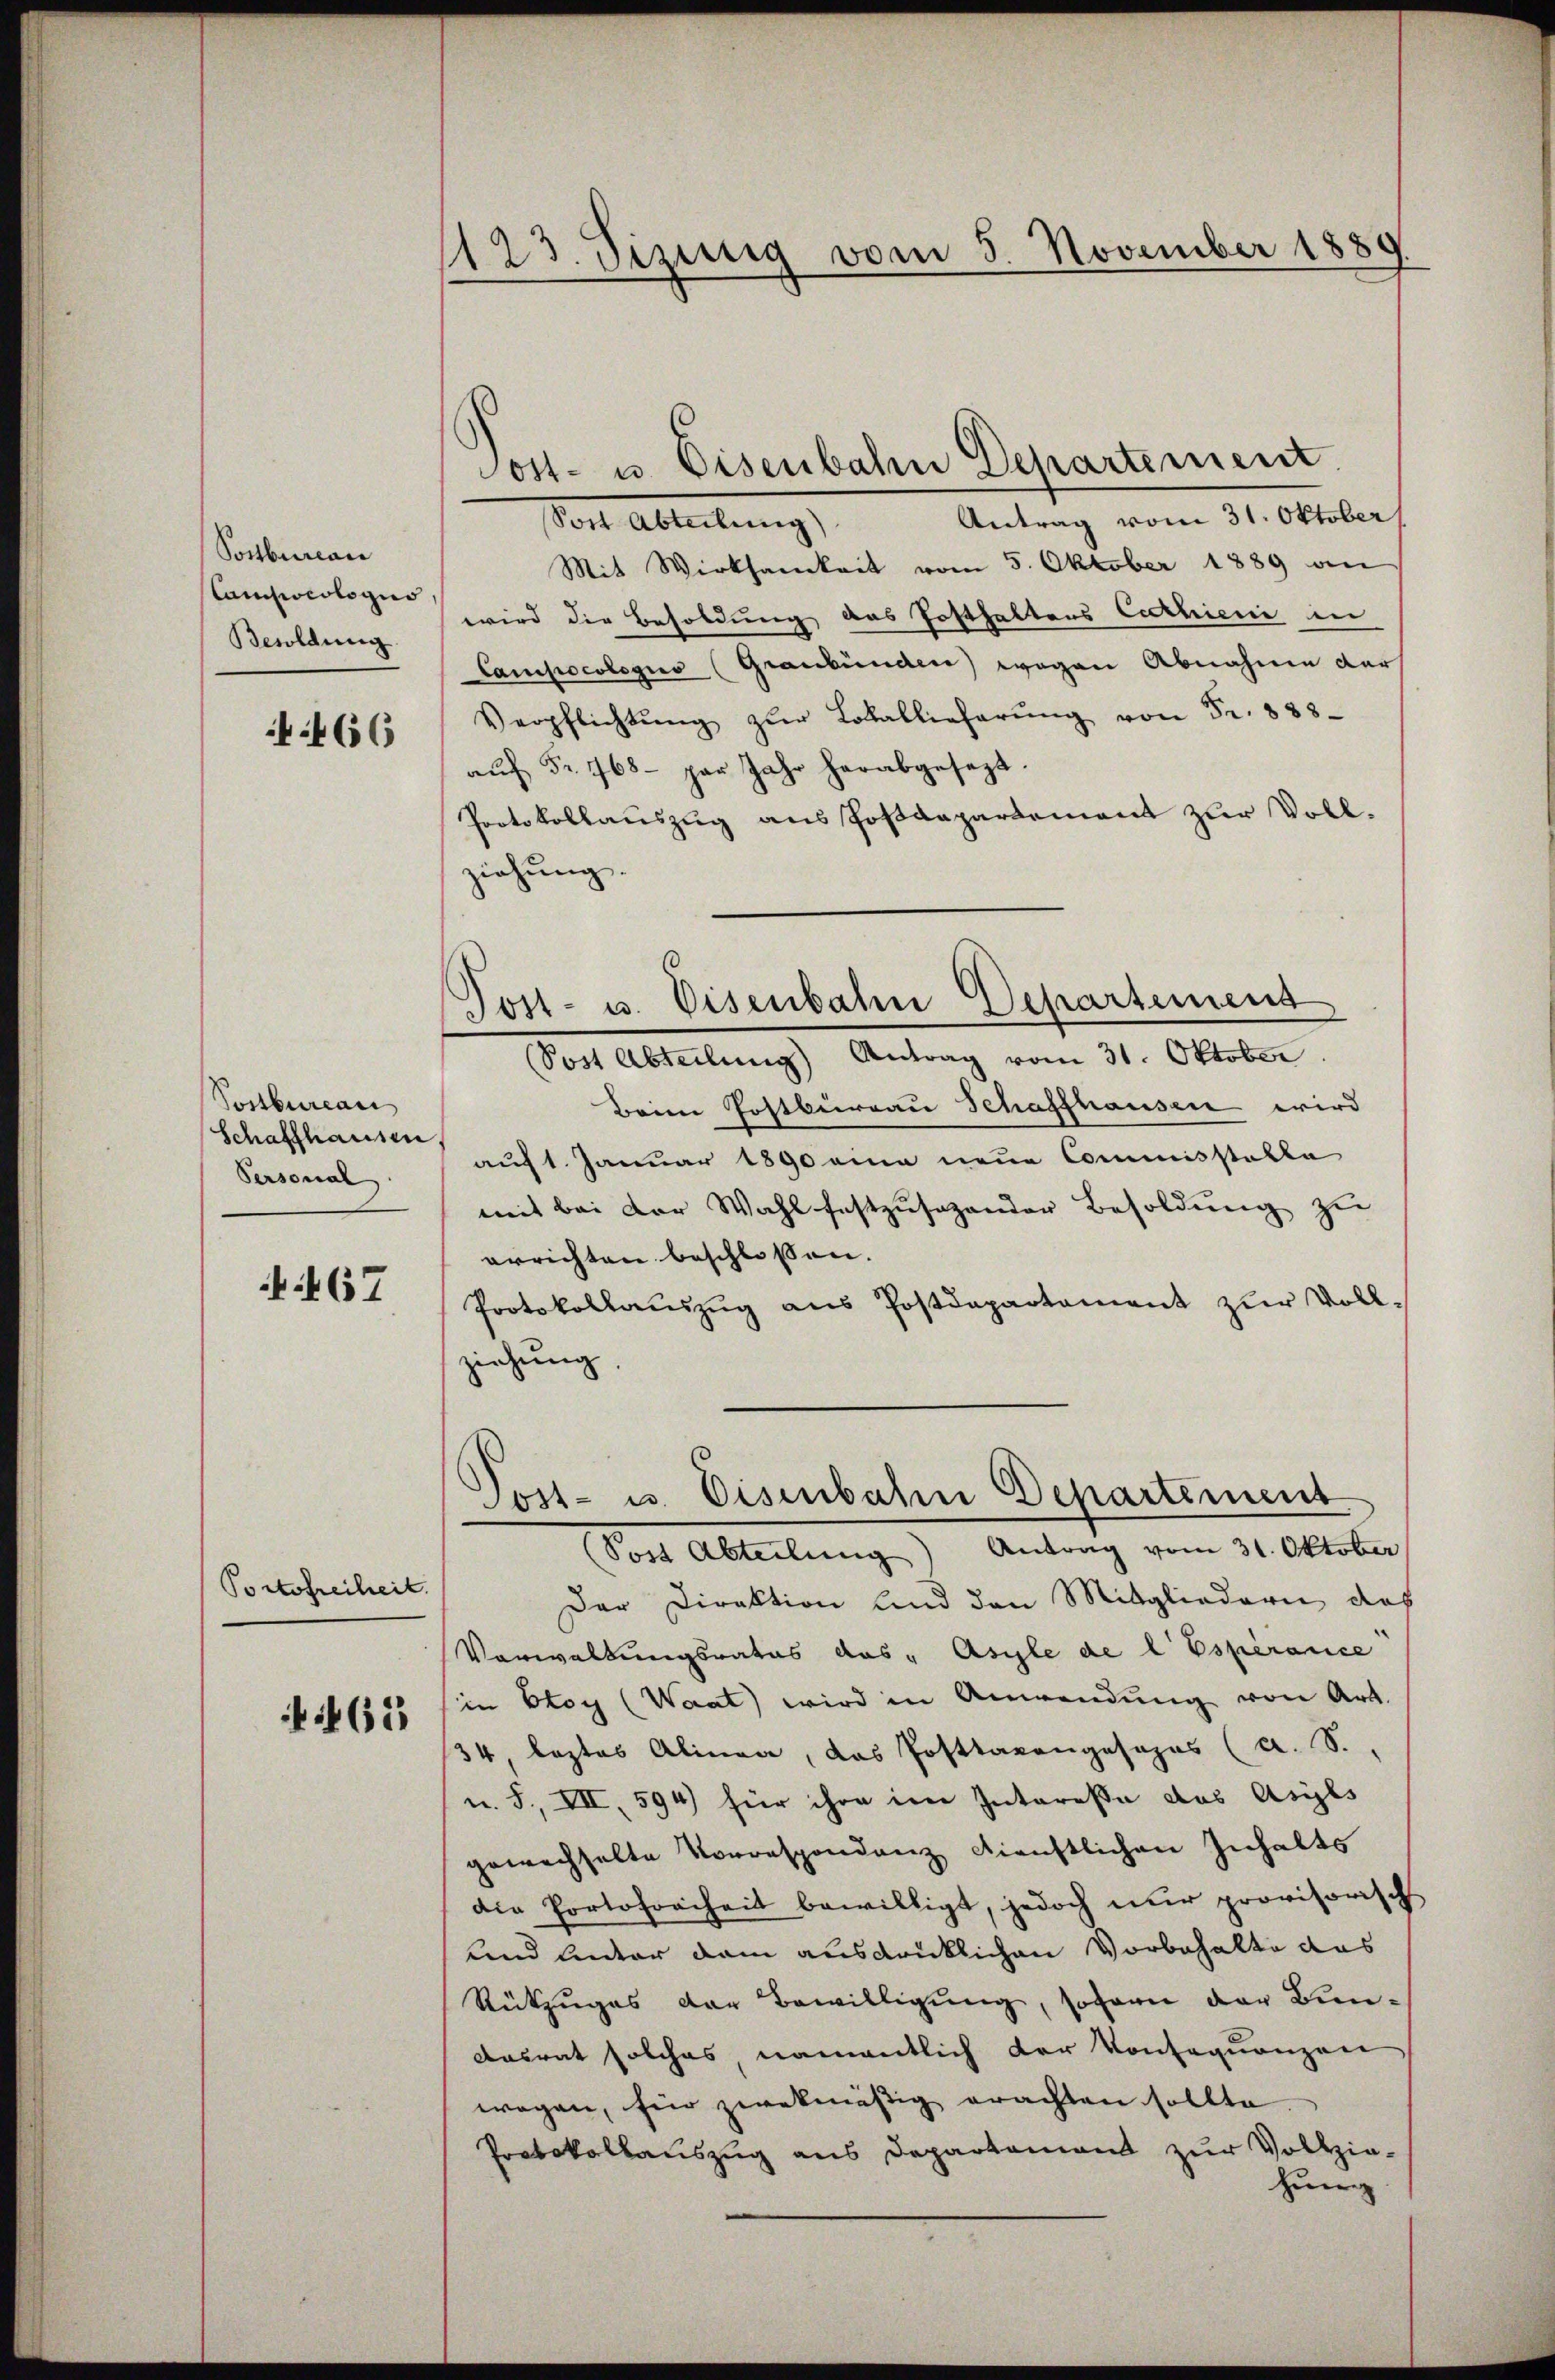
Postbureau
Caniocologis
Besoldung.

:466

Postbureau
Schaffhausen
Personal

467

Portofreiheit.

465

1123. Jezeig vom 5. November 1889

Post- u. Eisenbahn Departement

Antrag vom 31. Oktober
Post Ableitung
Mit Wirksamkeit vom 5. Oktober 1889 an
wird die Besoldung des Posthaltens Cathieri in
Campocologus (Graubünden) wegen Abnahme der
Verpflichtŭng zŭr Lokallieferŭng von Fr. 888.
aŭf Fr. 768. par Jahr herabgesezt.
Protokollauszug aus Posaepartement zur Vollziehung.
Beim Postburgau Schaffhausen wird
auf 1. Januar 1890 eine neue Commisstatte
mit bei der Wahl festzusehander Besoldŭng zu
errichten beschlossen.
Protokollauszug aus Postdepartement zur Vollziehung
Toit- u. Eisenbahn Departement
(Post Abteilŭng Antrag vom 31. Oktober
Der Direktion und den Mitgliedern, das
Vorwaltungsrates das "Asyle de l’Espérance
in Eloy (Waat wird in Anwendŭng von Art.
34, leztes Alinea, das Posttaxongesezes (a. S.
u. S., VII, 594) für ihre inne Interesse das Asyls
gewechselte Vorrespondenz dienstlichen Inhalts
die Portofreiheit bewilligt, jedoch nur provisorisch
und unter dem ausdrücklichen Vorbehalte das
Rükzuges der Bewilligung, sofern der Bun¬
Aasrat solches namentlich der Konsequenzen
wegen, für zwekmässig erachten sollte
Protokollauszug aus Departement zur Volkzia-
herig

Tost- u. Eisenbahn Departement
Sost Abteilŭng Antrag vom 31. Oktober.